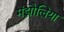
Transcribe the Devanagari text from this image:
मंझौलिया